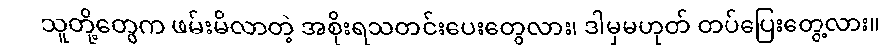
သူတို့တွေက ဖမ်းမိလာတဲ့ အစိုးရသတင်းပေးတွေလား၊ ဒါမှမဟုတ် တပ်ပြေးတွေ့လား။